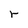
Character: r